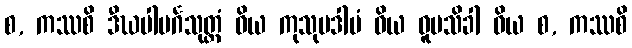
စ, ကဿစိ ဒီဃပါမင်္ဂသုတ္တံ ဝိယ ကုသုမဒါမံ ဝိယ ဓူမသိခါ ဝိယ စ, ကဿစိ